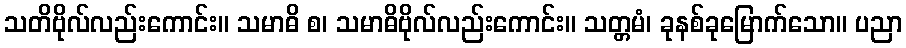
သတိဗိုလ်လည်းကောင်း။ သမာဓိ စ၊ သမာဓိဗိုလ်လည်းကောင်း။ သတ္တမံ၊ ခုနစ်ခုမြောက်သော။ ပညာ